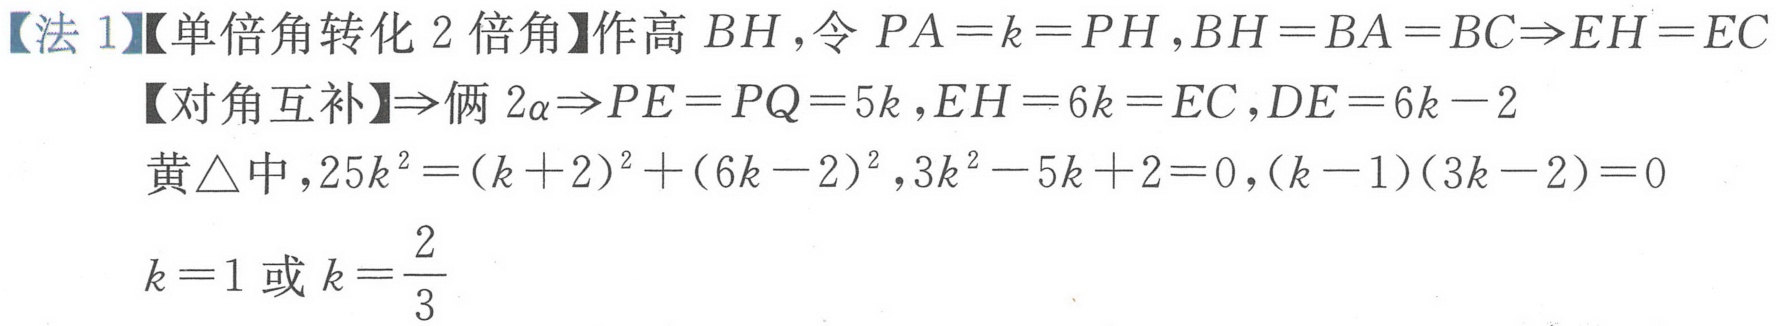
【法 1】【单倍角转化 2 倍角】作高 \(BH\)，令 \(PA = k = PH\)，\(BH = BA = BC\Rightarrow EH = EC\)
【对角互补】\(\Rightarrow\)俩 \(2\alpha\Rightarrow PE = PQ = 5k\)，\(EH = 6k = EC\)，\(DE = 6k - 2\)
黄\(\triangle\)中，\(25k^{2}=(k + 2)^{2}+(6k - 2)^{2}\)，\(3k^{2}-5k + 2 = 0\)，\((k - 1)(3k - 2)=0\)
\(k = 1\) 或 \(k=\frac{2}{3}\)